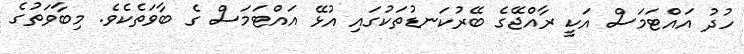
ހުދު އައްޓަމަސް އަކީ ރާއްޖޭގެ ބޭރުކަނޑުތަކުގައި އުޅޭ އައްޓަމަސް ގެ ބާވަތެކެވެ. މިބާވަތުގެ